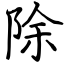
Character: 除